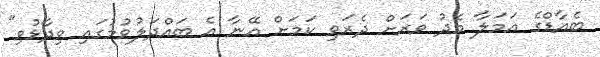
ބެއާޑްގެ އަމަލާ މެދު ވަރަށް ދެރަވި ކަމަށް އޭނާ އެ ބައްދަލުވުމުގައި ވިދާޅުވި"